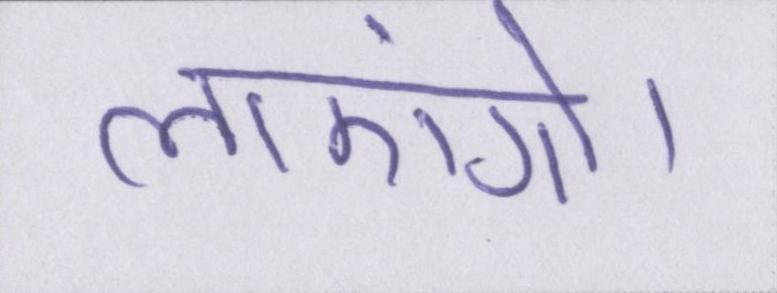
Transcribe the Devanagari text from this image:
लाएंगे।